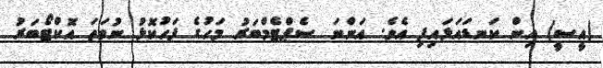
(އީސީ) އިން ކަނޑައަޅައިފި އެވެ. އަންނަ ސެޕްޓެމްބަރު މަހުގެ ފަހުކޮޅު ނުވަތަ އޮކްޓޯބަރު